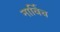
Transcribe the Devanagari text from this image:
नार्विच